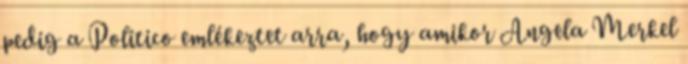
pedig a Politico emlékeztet arra, hogy amikor Angela Merkel